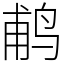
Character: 𬷕